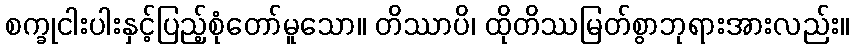
စက္ခုငါးပါးနှင့်ပြည့်စုံတော်မူသော။ တိဿာပိ၊ ထိုတိဿမြတ်စွာဘုရားအားလည်း။